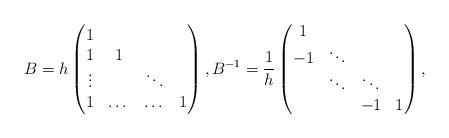
LaTeX: \begin{align*}B = h\begin{pmatrix}1 & & & \\ 1 & 1 & & \\ \vdots & & \ddots & \\ 1 & \dots & \dots& 1 \end{pmatrix},B^{-1} = \frac{1}{h}\begin{pmatrix}1 & & & \\ -1 & \ddots & & \\ & \ddots & \ddots & \\ & & -1 & 1\end{pmatrix},\end{align*}